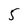
Character: 5